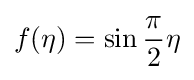
f(\eta )=\sin {\frac {\pi }{2}}\eta